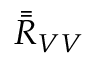
\bar { \bar { \boldsymbol { R } } } _ { V V }